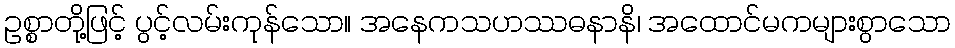
ဥစ္စာတို့ဖြင့် ပွင့်လမ်းကုန်သော။ အနေကသဟဿဓနာနိ၊ အထောင်မကများစွာသော